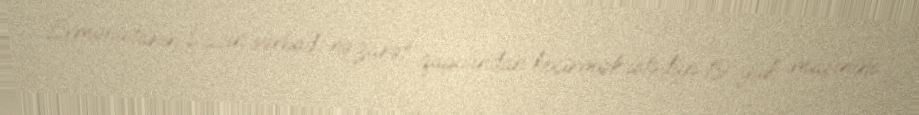
Ermənistanın Laçın sərhəd nəzarət qapısından keçirmək istədiyi 19 yük maşınını